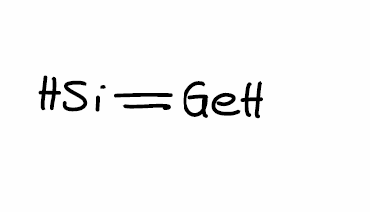
Simplified molecular-input line-entry system (SMILES) notation of the given molecule:
[SiH]=[GeH]